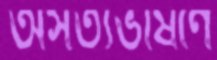
অসত্যভাষণে